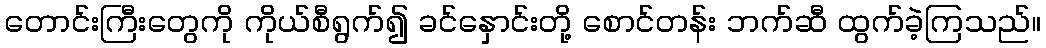
တောင်းကြီးတွေကို ကိုယ်စီရွက်၍ ခင်နှောင်းတို့ စောင်တန်း ဘက်ဆီ ထွက်ခဲ့ကြသည်။